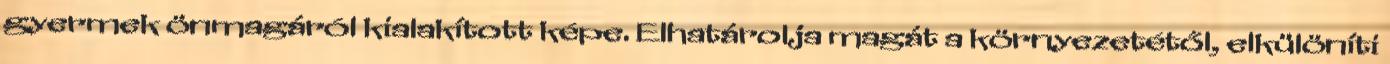
gyermek önmagáról kialakított képe. Elhatárolja magát a környezetétől, elkülöníti